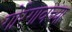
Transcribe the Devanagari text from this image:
गोरेगावच्या